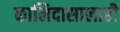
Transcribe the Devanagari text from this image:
कालिदासालाही